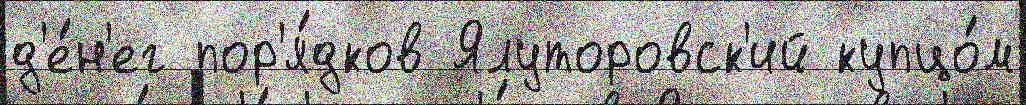
д'е́н'ег пор'я́дков Ялуторовск'ий купцо́м